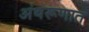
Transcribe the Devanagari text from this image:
अंथरूणात